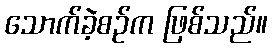
သောက်ခဲ့စဉ်က ဖြစ်သည်။